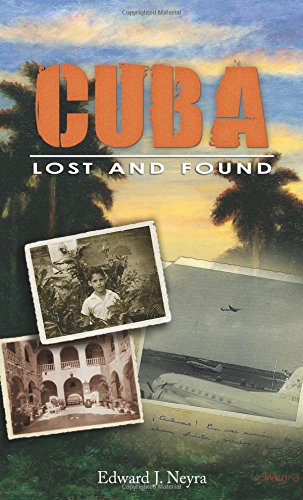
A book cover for Cuba Lost and Found; Edward J. Neyra; Biographies & Memoirs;